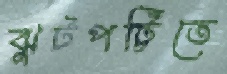
ঝুটপট্টিতে